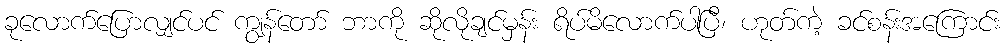
ခုလောက်ပြောလျှင်ပင် ကျွန်တော် ဘာကို ဆိုလိုချင်မှန်း ရိပ်မိလောက်ပါပြီ၊ ဟုတ်ကဲ့ ခင်စန်းအကြောင်း